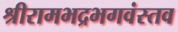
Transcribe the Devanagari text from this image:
श्रीरामभद्रभगवंस्तव